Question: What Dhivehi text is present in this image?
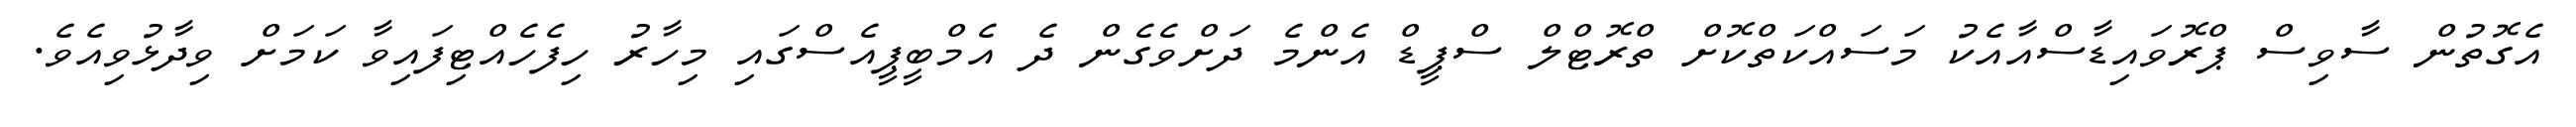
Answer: އެގޮތުން ސާވިސް ޕްރޮވައިޑާސްއާއެކު މަސައްކަތްކޮށް ތްރޮޓްލް ސްޕީޑް އެންމެ ދަށްވެގެން ދެ އެމްބީޕީއެސްގައި މިހާރު ހިފެހެއްޓިފައިވާ ކަމަށް ވިދާޅުވިއެވެ.